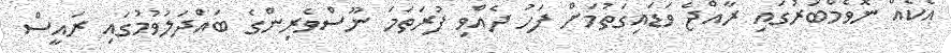
އެކެއް ނޮވެމްބަރުގައި ރާއްޖެ ވަޑައިގަތުމަށް ފަހު ދެއްވި ފުރަތަމަ ނޫސްވެރިންގެ ބައްދަލުވުމުގައި ރައީސް